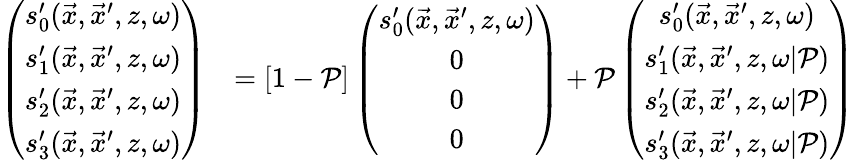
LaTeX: \begin{array}{rl}{\left(\begin{array}{c}{s_{0}^{\prime}(\vec{x},\vec{x}^{\prime},z,\omega)}\\ {s_{1}^{\prime}(\vec{x},\vec{x}^{\prime},z,\omega)}\\ {s_{2}^{\prime}(\vec{x},\vec{x}^{\prime},z,\omega)}\\ {s_{3}^{\prime}(\vec{x},\vec{x}^{\prime},z,\omega)}\end{array}\right)}&{=\left[1-\mathcal{P}\right]\left(\begin{array}{c}{s_{0}^{\prime}(\vec{x},\vec{x}^{\prime},z,\omega)}\\ {0}\\ {0}\\ {0}\end{array}\right)+\mathcal{P}\left(\begin{array}{c}{s_{0}^{\prime}(\vec{x},\vec{x}^{\prime},z,\omega)}\\ {s_{1}^{\prime}(\vec{x},\vec{x}^{\prime},z,\omega|\mathcal{P})}\\ {s_{2}^{\prime}(\vec{x},\vec{x}^{\prime},z,\omega|\mathcal{P})}\\ {s_{3}^{\prime}(\vec{x},\vec{x}^{\prime},z,\omega|\mathcal{P})}\end{array}\right)}\end{array}